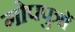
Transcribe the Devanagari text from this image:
गोपपुत्रों